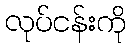
လုပ်ငန်းကို